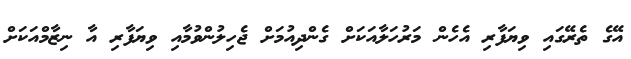
އޭގެ ތެރޭގައި ވިޔަފާރި އެހެން މަރުހަލާއަކަށް ގެންދިއުމަށް ޖެހިލުންވުމާއި ވިޔަފާރި އާ ނިޒާމްއަކަށް